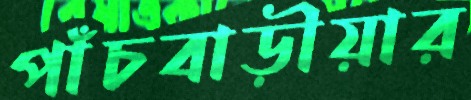
পাঁচবাড়ীয়ার